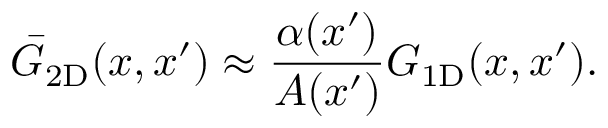
\bar { G } _ { \mathrm { 2 D } } ( x , x ^ { \prime } ) \approx \frac { \alpha ( x ^ { \prime } ) } { A ( x ^ { \prime } ) } G _ { \mathrm { 1 D } } ( x , x ^ { \prime } ) .